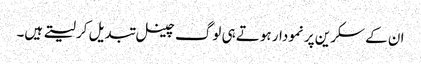
ان کے سکرین پر نمودار ہوتے ہی لوگ چینل تبدیل کر لیتے ہیں۔